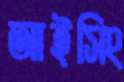
আইসিং